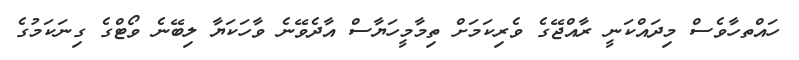
ހައްތހާވެސް މިދައްކަނީ ރާއްޖޭގެ ވެރިކަމަށް ތިމާމީހަޔާސް އާދެވޭނެ ވާހަކަޔާ ލިބޭނެ ވޯޓްގެ ގިނަކަމުގެ